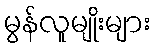
မွန်လူမျိုးများ